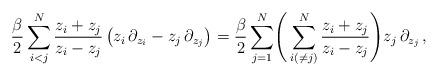
LaTeX: \begin{align*}\frac{\beta}{2} \sum_{i<j}^N \frac{z_i + z_j}{z_i - z_j} \, \bigl(z_i \, \partial_{z_i} - z_j \, \partial_{z_j}\bigr) = \frac{\beta}{2} \sum_{j=1}^N \Biggl( \, \sum_{i (\neq j)}^N \frac{z_i + z_j}{z_i - z_j} \Biggr) z_j \, \partial_{z_j} \, ,\end{align*}